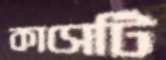
কাসেটি